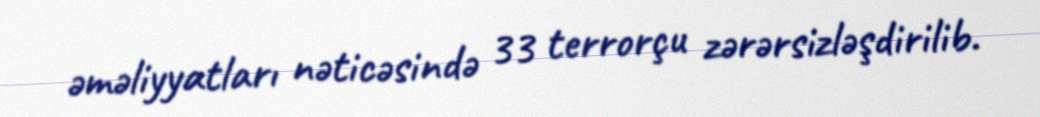
əməliyyatları nəticəsində 33 terrorçu zərərsizləşdirilib.